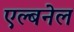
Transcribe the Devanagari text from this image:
एल्बनेल